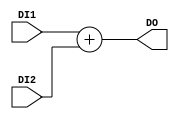
`timescale 1ns / 1ps
//////////////////////////////////////////////////////////////////////////////////
// Company: 
// Engineer: 
// 
// Design Name: 
// Module Name:    AdderPC 
// Project Name: 
// Target Devices: 
// Tool versions: 
// Description: 
//
// Dependencies: 
//
// Revision: 
// Revision 0.01 - File Created
// Additional Comments: 
//
//////////////////////////////////////////////////////////////////////////////////
module AdderPC(
    input [31:0] DI1,
    input [31:0] DI2,
    output reg [31:0] DO
    );

always @* begin
	DO = DI1 + DI2;
end

endmodule